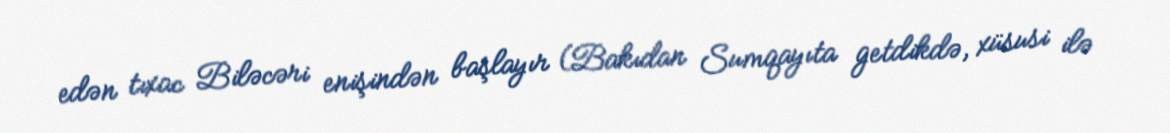
edən tıxac Biləcəri enişindən başlayır (Bakıdan Sumqayıta getdikdə, xüsusi ilə